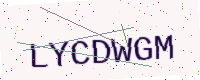
Text: LYCDWGM